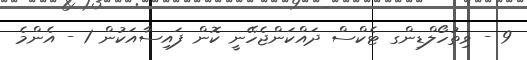
9 - ވިތުހޯލްޑިންގ ޓެކްސް ދައްކަންޖެހޭނީ ކޮން ފައިސާއަކުން 1 - އެންމެ